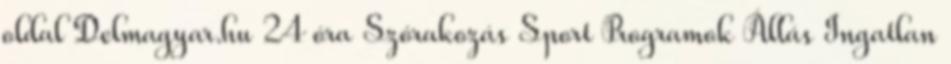
oldal Delmagyar.hu 24 óra Szórakozás Sport Programok Állás Ingatlan